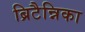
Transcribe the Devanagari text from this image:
ब्रिटैन्निका